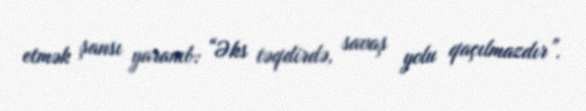
etmək şansı yaranıb: “Əks təqdirdə, savaş yolu qaçılmazdır”.